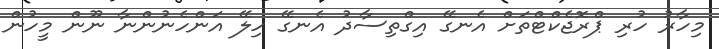
މިހާރު ހުރި ޕްރޮޖެކްޓްތަށް އެނގޭ އިގްތިސާދު އެނގޭ ހިލޭ އަންހެނުންނާ ނޫން މީހުން